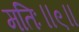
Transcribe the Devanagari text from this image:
मतिः॥९॥